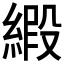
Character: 𫟁